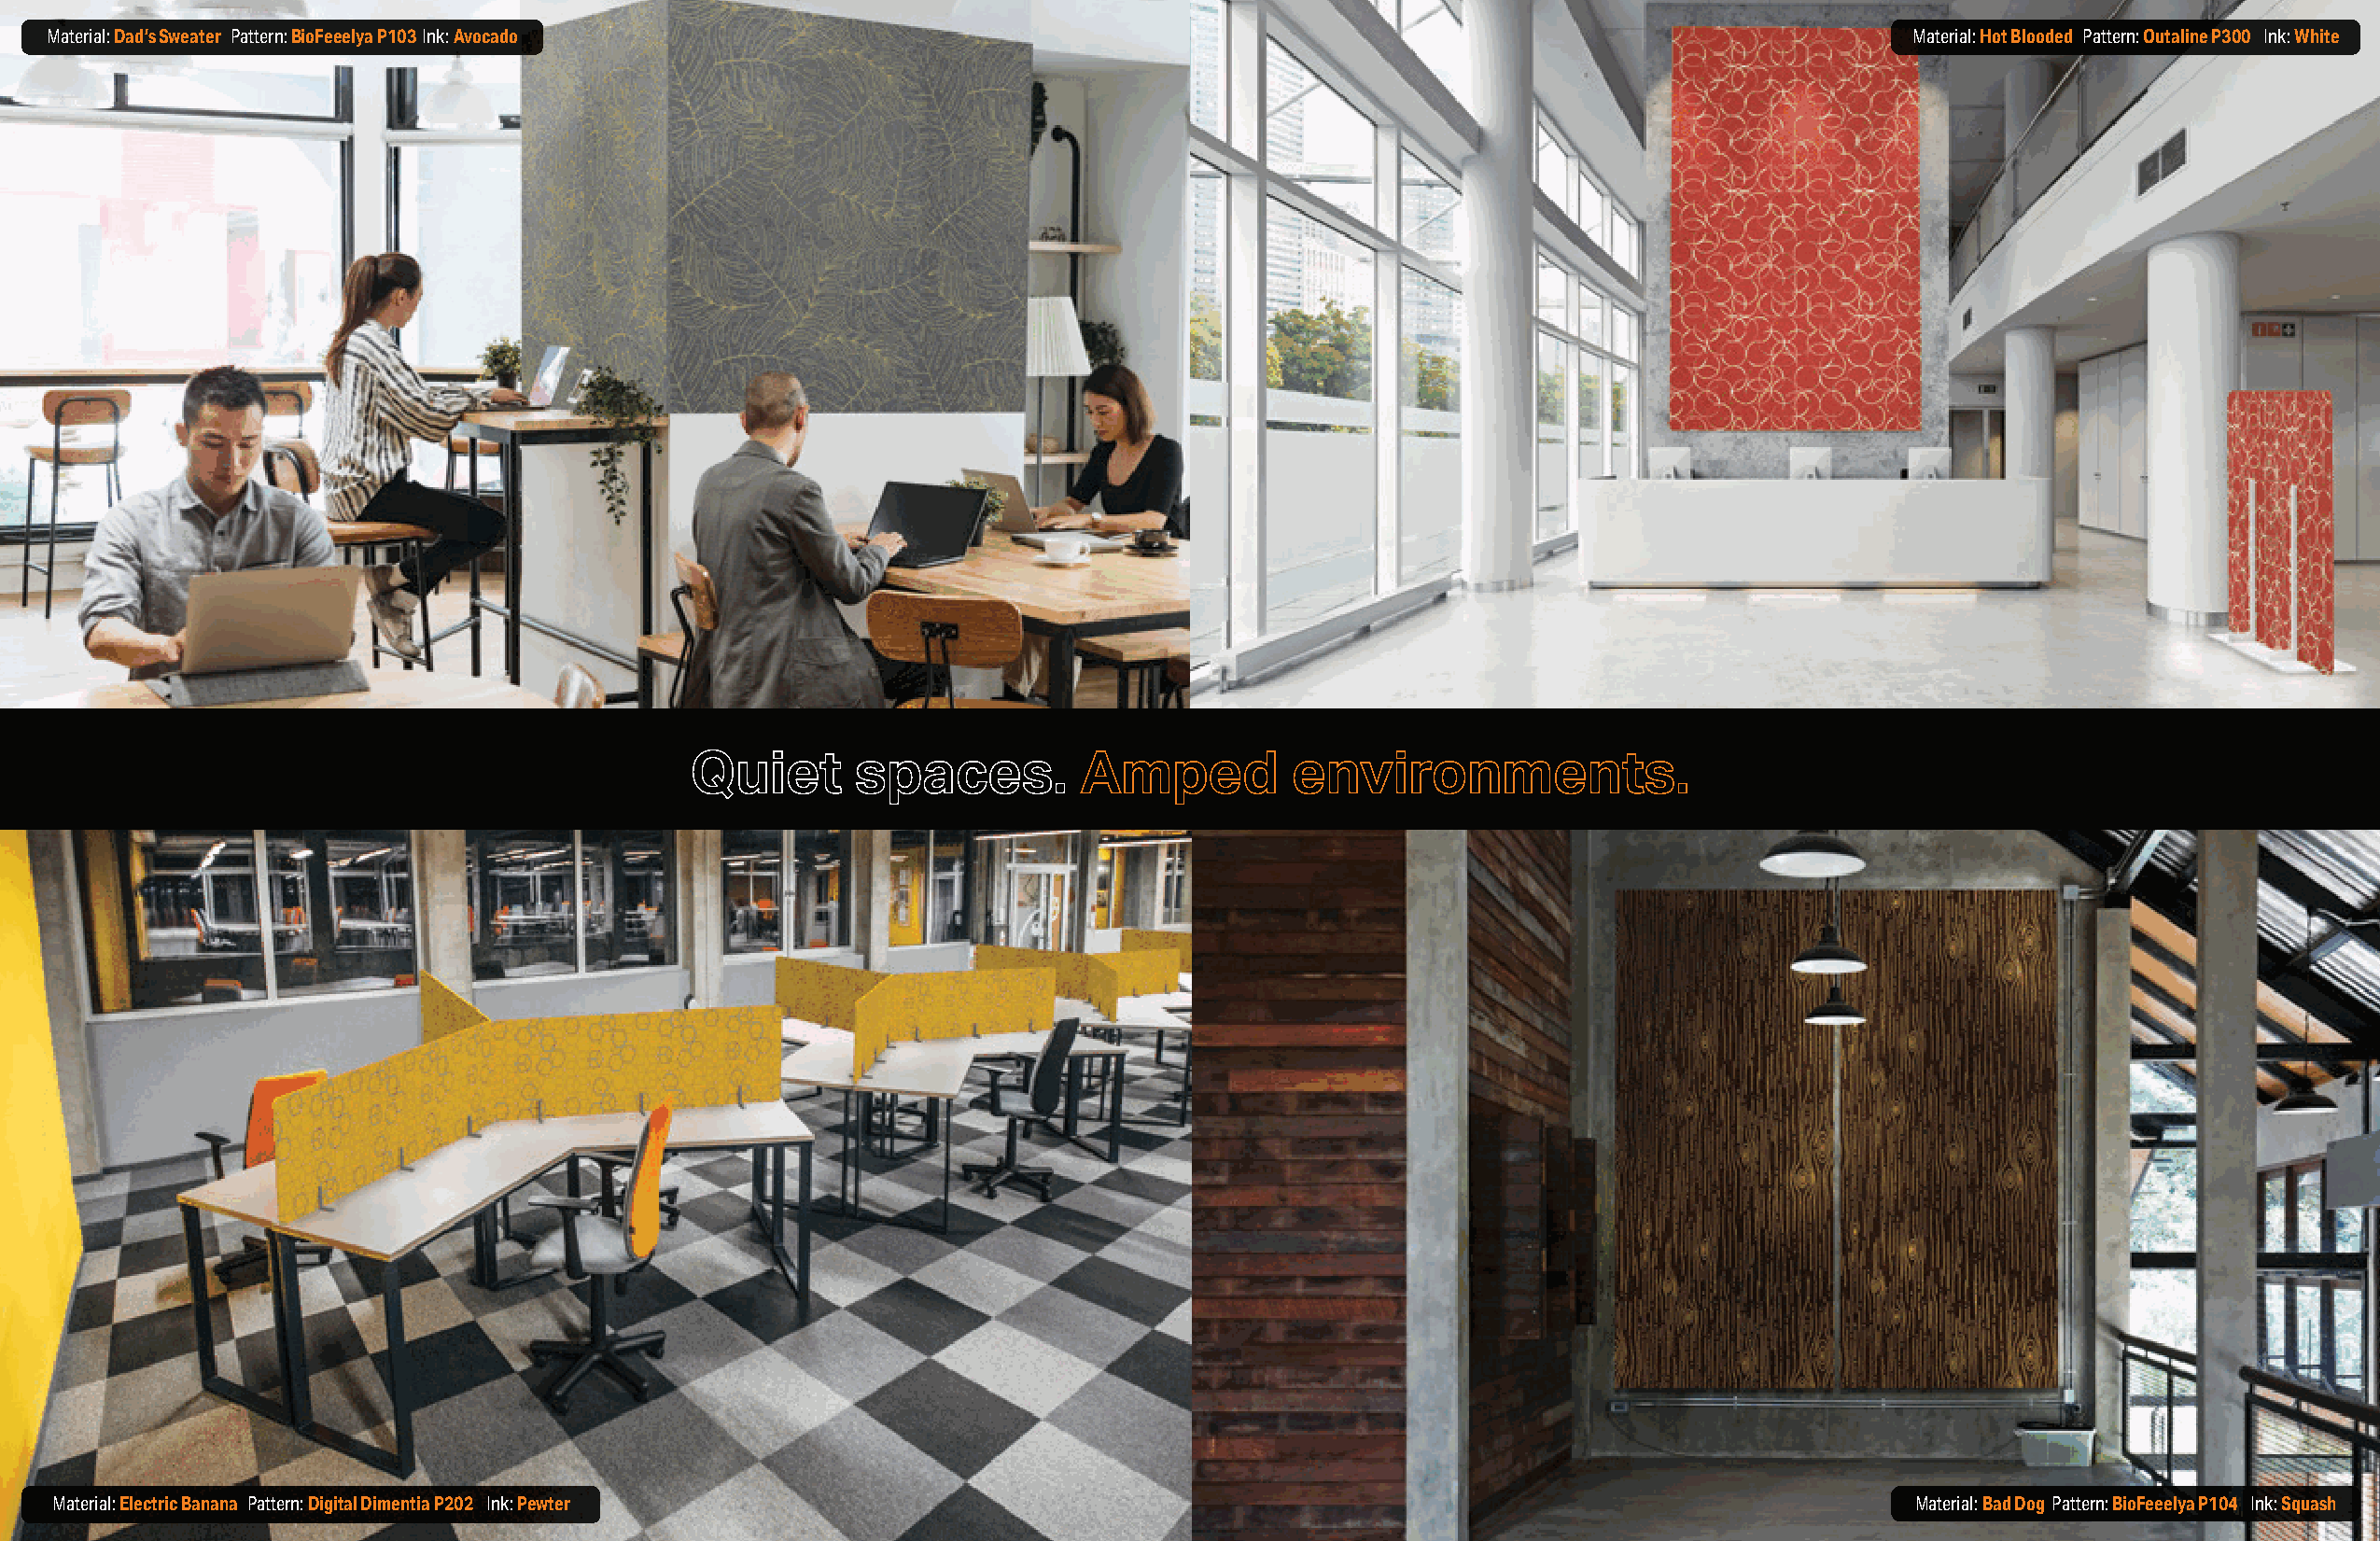
Material: Dad’s Sweater Pattern: BioFeeelya P103 Ink: Avocado                                                                        Material: Hot Blooded Pattern: Outaline P300 Ink: White
 Quiet       spaces.         Amped          environments.
 Material: Electric Banana Pattern: Digital Dimentia P202 Ink: Pewter                                                                Material: Bad Dog Pattern: BioFeeelya P104 Ink: Squash